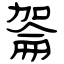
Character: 嗧